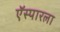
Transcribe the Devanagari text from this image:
ऍस्पारला